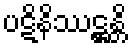
ပဋိနိဿဋ္ဌန္တိ